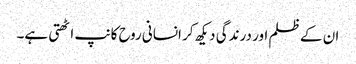
ان کے ظلم اور درندگی دیکھ کر انسانی روح کانپ اٹھتی ہے۔